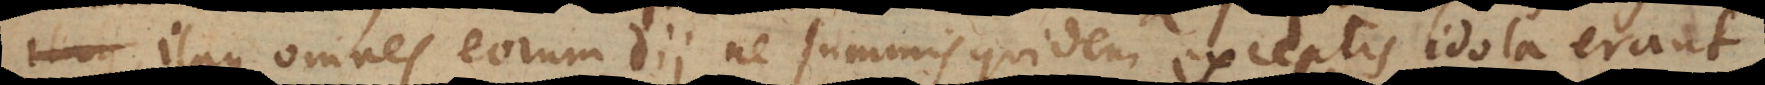
Itaque omnes eorum dii ne summis quidem exceptis idola erant,